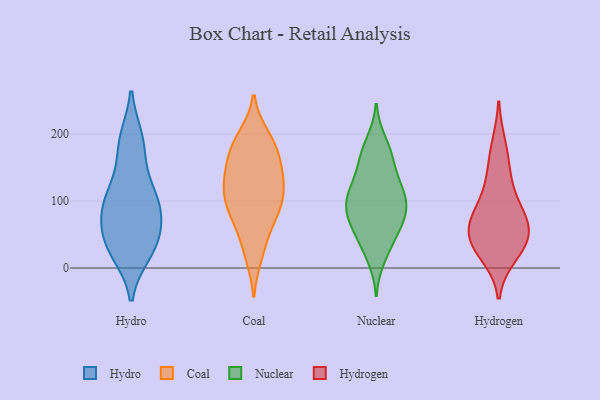
{"axis": {"x": "Waste Production (Tons)", "y": "Value"}, "legend": ["Coal", "Hydro", "Hydrogen", "Nuclear"], "data": [{"x": "", "y": 23, "type": "Hydro"}, {"x": "", "y": 192, "type": "Hydro"}, {"x": "", "y": 73, "type": "Hydro"}, {"x": "", "y": 112, "type": "Hydro"}, {"x": "", "y": 34, "type": "Hydro"}, {"x": "", "y": 104, "type": "Hydro"}, {"x": "", "y": 26, "type": "Hydro"}, {"x": "", "y": 67, "type": "Hydro"}, {"x": "", "y": 192, "type": "Hydro"}, {"x": "", "y": 68, "type": "Hydro"}, {"x": "", "y": 108, "type": "Hydro"}, {"x": "", "y": 165, "type": "Hydro"}, {"x": "", "y": 99, "type": "Hydro"}, {"x": "", "y": 35, "type": "Hydro"}, {"x": "", "y": 189, "type": "Coal"}, {"x": "", "y": 111, "type": "Coal"}, {"x": "", "y": 101, "type": "Coal"}, {"x": "", "y": 84, "type": "Coal"}, {"x": "", "y": 29, "type": "Coal"}, {"x": "", "y": 20, "type": "Coal"}, {"x": "", "y": 118, "type": "Coal"}, {"x": "", "y": 174, "type": "Coal"}, {"x": "", "y": 149, "type": "Coal"}, {"x": "", "y": 86, "type": "Coal"}, {"x": "", "y": 127, "type": "Coal"}, {"x": "", "y": 81, "type": "Coal"}, {"x": "", "y": 195, "type": "Coal"}, {"x": "", "y": 133, "type": "Coal"}, {"x": "", "y": 167, "type": "Coal"}, {"x": "", "y": 137, "type": "Coal"}, {"x": "", "y": 185, "type": "Coal"}, {"x": "", "y": 65, "type": "Coal"}, {"x": "", "y": 76, "type": "Nuclear"}, {"x": "", "y": 122, "type": "Nuclear"}, {"x": "", "y": 177, "type": "Nuclear"}, {"x": "", "y": 112, "type": "Nuclear"}, {"x": "", "y": 104, "type": "Nuclear"}, {"x": "", "y": 72, "type": "Nuclear"}, {"x": "", "y": 104, "type": "Nuclear"}, {"x": "", "y": 74, "type": "Nuclear"}, {"x": "", "y": 39, "type": "Nuclear"}, {"x": "", "y": 73, "type": "Nuclear"}, {"x": "", "y": 141, "type": "Nuclear"}, {"x": "", "y": 109, "type": "Nuclear"}, {"x": "", "y": 163, "type": "Nuclear"}, {"x": "", "y": 14, "type": "Nuclear"}, {"x": "", "y": 158, "type": "Nuclear"}, {"x": "", "y": 100, "type": "Nuclear"}, {"x": "", "y": 62, "type": "Nuclear"}, {"x": "", "y": 189, "type": "Nuclear"}, {"x": "", "y": 34, "type": "Nuclear"}, {"x": "", "y": 48, "type": "Hydrogen"}, {"x": "", "y": 78, "type": "Hydrogen"}, {"x": "", "y": 51, "type": "Hydrogen"}, {"x": "", "y": 19, "type": "Hydrogen"}, {"x": "", "y": 31, "type": "Hydrogen"}, {"x": "", "y": 33, "type": "Hydrogen"}, {"x": "", "y": 150, "type": "Hydrogen"}, {"x": "", "y": 92, "type": "Hydrogen"}, {"x": "", "y": 61, "type": "Hydrogen"}, {"x": "", "y": 124, "type": "Hydrogen"}, {"x": "", "y": 184, "type": "Hydrogen"}, {"x": "", "y": 74, "type": "Hydrogen"}]}